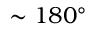
\sim 1 8 0 ^ { \circ }